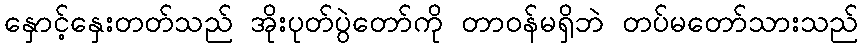
နှောင့်နှေးတတ်သည် အိုးပုတ်ပွဲတော်ကို တာဝန်မရှိဘဲ တပ်မတော်သားသည်